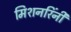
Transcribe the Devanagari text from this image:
मिशनरिंनी